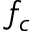
f _ { c }